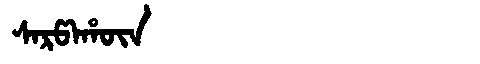
Manchu: ᠰᠠᡵᡦᠠᡥᡡᠨ
Romanization: SARPAHŪN